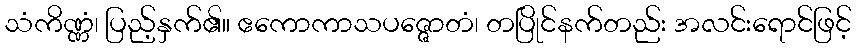
သံကိဏ္ဏံ၊ ပြည့်နှက်၏။ ဧကောကာသပဇ္ဇောတံ၊ တပြိုင်နက်တည်း အလင်းရောင်ဖြင့်